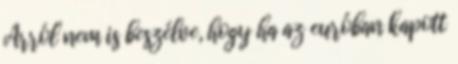
Arról nem is beszélve, hogy ha az euróban kapott